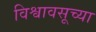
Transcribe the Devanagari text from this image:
विश्वावसूच्या